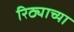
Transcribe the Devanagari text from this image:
रिठ्याच्या